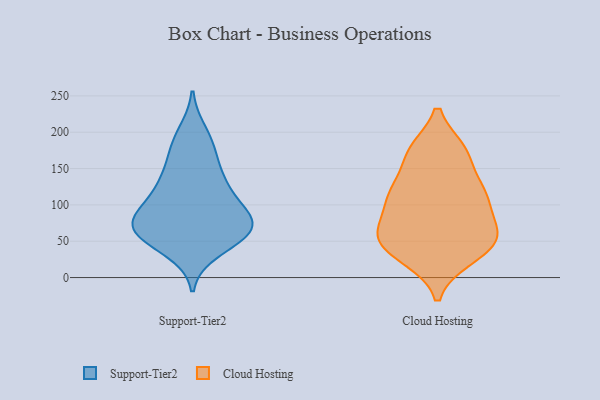
{"axis": {"x": "Demand Index", "y": "Value"}, "legend": ["Cloud Hosting", "Support-Tier2"], "data": [{"x": "", "y": 69, "type": "Support-Tier2"}, {"x": "", "y": 55, "type": "Support-Tier2"}, {"x": "", "y": 172, "type": "Support-Tier2"}, {"x": "", "y": 113, "type": "Support-Tier2"}, {"x": "", "y": 60, "type": "Support-Tier2"}, {"x": "", "y": 86, "type": "Support-Tier2"}, {"x": "", "y": 97, "type": "Support-Tier2"}, {"x": "", "y": 199, "type": "Support-Tier2"}, {"x": "", "y": 132, "type": "Support-Tier2"}, {"x": "", "y": 69, "type": "Support-Tier2"}, {"x": "", "y": 83, "type": "Support-Tier2"}, {"x": "", "y": 142, "type": "Support-Tier2"}, {"x": "", "y": 129, "type": "Support-Tier2"}, {"x": "", "y": 38, "type": "Support-Tier2"}, {"x": "", "y": 57, "type": "Support-Tier2"}, {"x": "", "y": 77, "type": "Support-Tier2"}, {"x": "", "y": 183, "type": "Support-Tier2"}, {"x": "", "y": 67, "type": "Support-Tier2"}, {"x": "", "y": 39, "type": "Cloud Hosting"}, {"x": "", "y": 62, "type": "Cloud Hosting"}, {"x": "", "y": 27, "type": "Cloud Hosting"}, {"x": "", "y": 115, "type": "Cloud Hosting"}, {"x": "", "y": 67, "type": "Cloud Hosting"}, {"x": "", "y": 174, "type": "Cloud Hosting"}, {"x": "", "y": 117, "type": "Cloud Hosting"}, {"x": "", "y": 111, "type": "Cloud Hosting"}, {"x": "", "y": 171, "type": "Cloud Hosting"}, {"x": "", "y": 58, "type": "Cloud Hosting"}]}